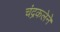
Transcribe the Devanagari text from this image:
चंद्रकलेने